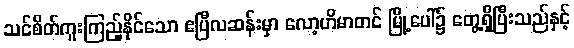
သင်စိတ်ကူးကြည့်နိုင်သော ဧပြီလဆန်းမှာ လော့ဟိမာတင် မြို့ပေါ်၌ တွေ့ရှိပြီးသည်နှင့်